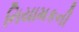
નિયામકની